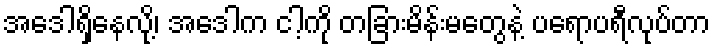
အေဒါရှိနေလို့၊ အေဒါက ငါ့ကို တခြားမိန်းမတွေနဲ့ ပရောပရီလုပ်တာ